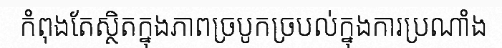
កំពុងតែស្ថិតក្នុងភាពច្របូកច្របល់ក្នុងការប្រណាំង